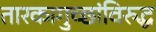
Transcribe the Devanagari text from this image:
तारकागुच्छांविरुद्ध